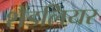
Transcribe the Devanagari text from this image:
शैंडलियर